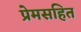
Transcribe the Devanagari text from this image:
प्रेमसहित